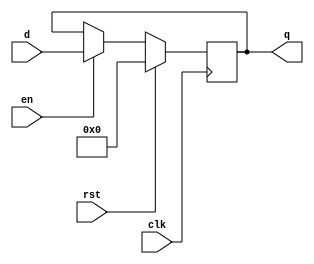
`timescale 1ns / 1ps

module flopenr #(parameter WIDTH = 8)(
    input wire clk,     // Clock signal
    input wire rst,     // Reset signal
    input wire en,      // Enable signal
    input wire [WIDTH-1:0] d,  // Data input
    output reg [WIDTH-1:0] q   // Data output
);

always @(posedge clk) begin
    if (rst) begin
        q <= 0;  // Reset: Set q to 0
    end else if (en) begin
        /* Code */  // When enable signal is high, assign the input data d to q
        q <= d;
    end
end

endmodule